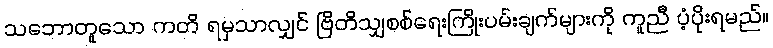
သဘောတူသော ကတိ ရမှသာလျှင် ဗြိတိသျှစစ်ရေးကြိုးပမ်းချက်များကို ကူညီ ပံ့ပိုးရမည်။